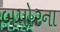
બપોરના